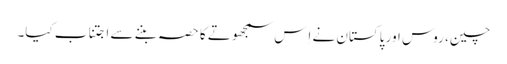
چین، روس اور پاکستان نے اِس سمجھوتے کا حصہ بننے سے اجتناب کیا۔